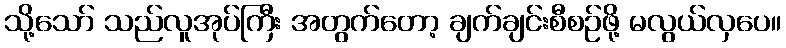
သို့သော် သည်လူအုပ်ကြီး အတွက်တော့ ချက်ချင်းစီစဉ်ဖို့ မလွယ်လှပေ။